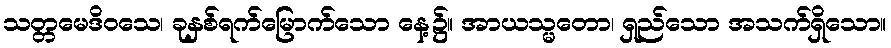
သတ္တမေဒိဝသေ၊ ခုနှစ်ရက်မြောက်သော နေ့၌။ အာယသ္မတော၊ ရှည်သော အသက်ရှိသော။